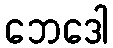
ဘေဒေါ